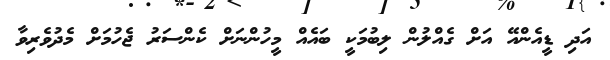
އަދި ޑީއެންއޭ އަށް ގެއްލުން ލިބުމަކީ ބައެއް މީހުންނަށް ކެންސަރު ޖެހުމަށް މެދުވެރިވާ